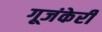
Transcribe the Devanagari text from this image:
गूजंकेरी